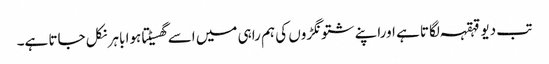
تب دیو قہقہہ لگاتا ہے اوراپنے شتونگڑوں کی ہم راہی میں اسے گھسیٹتا ہوا باہر نکل جاتا ہے۔